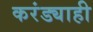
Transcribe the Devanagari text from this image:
करंड्याही